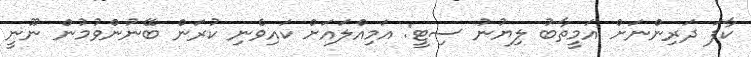
ކާފަ ދަރިންނަށް އަމީތާބު ލިޔުނު ސިޓީ: އަމިއްލައަށް ކައިވެނި ކުރަން ބޭނުންވުމުން ނޫނީ